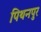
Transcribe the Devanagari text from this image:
पिथनपुर